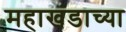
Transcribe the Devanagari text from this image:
महाखंडाच्या